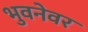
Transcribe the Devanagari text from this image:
भुवनेवर